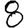
Digit: 8